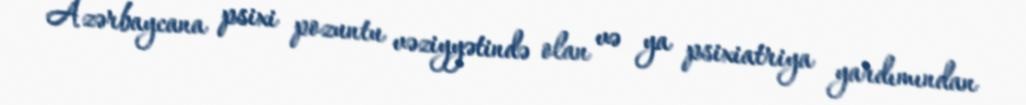
Azərbaycana psixi pozuntu vəziyyətində olan və ya psixiatriya yardımından